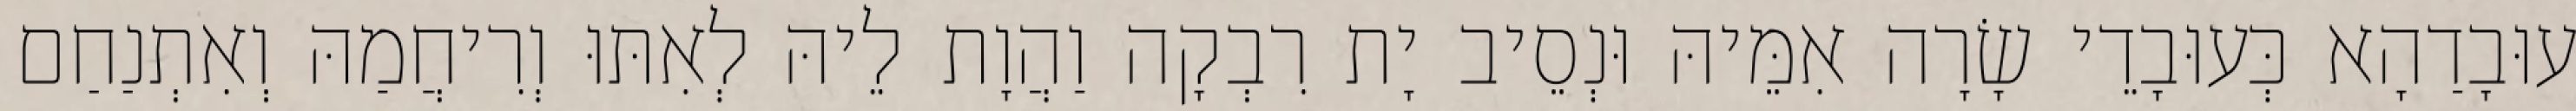
עוּבָדַהָא כְּעוּבָדֵי שָׂרָה אִמֵּיהּ וּנְסֵיב יָת רִבְקָה וַהֲוָת לֵיהּ לְאִתּוּ וְרִיחֲמַהּ וְאִתְנַחַם